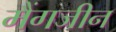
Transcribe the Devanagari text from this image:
मैंगजीन